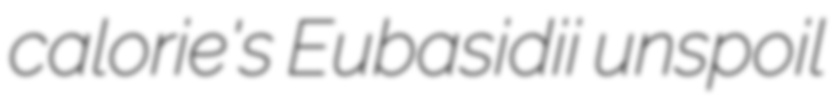
calorie's Eubasidii unspoil